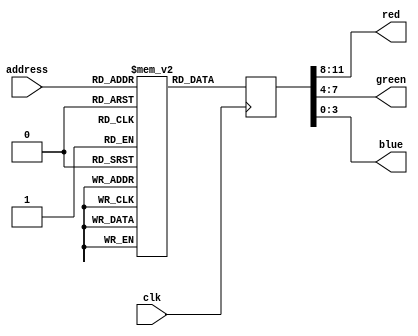
module ram_memory
(
	input clk,
	input [18:0] address,
	output [3:0] red,
	output [3:0]green,
	output [3:0] blue
);

(* ram_init_file = "picture.mif" *) reg [11:0] rom [327680:0];
reg [11:0] temp;
always @(posedge clk)
begin
	temp <= rom[address];
end
assign red = temp[11:8];
assign green = temp[7:4];
assign blue = temp[3:0];

endmodule